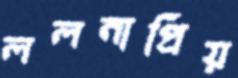
ললনাপ্রিয়